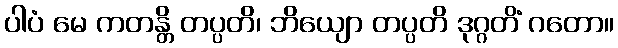
ပါပံ မေ ကတန္တိ တပ္ပတိ၊ ဘိယျော တပ္ပတိ ဒုဂ္ဂတိံ ဂတော။